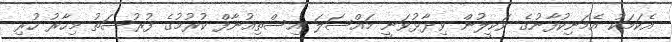
އެކަމަކު އެމަނިކުފާނުގެ ވަކީލުން ވިދާޅުވަނީ މައްސަލަ އިސްތިއުނާފް ކުރުމުގެ ފުރުސަތު މިހާރު ހުރި